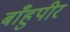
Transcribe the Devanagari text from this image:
बाँहुपीर